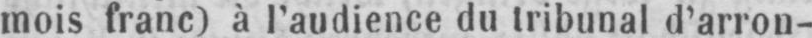
mois franc) à l’audience du tribunal d’arron-